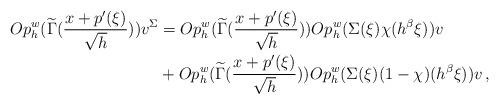
LaTeX: \begin{align*}Op_h^w(\widetilde{\Gamma}(\frac{x+p'(\xi)}{\sqrt{h}}))v^{\Sigma} & = Op_h^w(\widetilde{\Gamma}(\frac{x+p'(\xi)}{\sqrt{h}}))Op_h^w(\Sigma(\xi)\chi(h^{\beta}\xi))v \\& + Op_h^w(\widetilde{\Gamma}(\frac{x+p'(\xi)}{\sqrt{h}}))Op_h^w(\Sigma(\xi)(1-\chi)(h^{\beta}\xi))v \,,\end{align*}